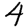
Digit: 4